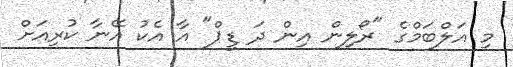
މި އަލްބަމްގެ "ރޯލިން އިން ދަ ޑީޕް" އާ އެކު އޭނާ ކުރިއަށް